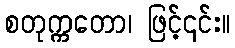
စတုက္ကတော၊ ဖြင့်၎င်း။